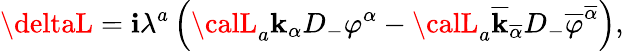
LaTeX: \deltaL=\mathbf{i}\lambda^{a}\left({\calL}_{a}\mathbf{k}_{\alpha}D_{-}\varphi^{\alpha}-{\calL}_{a}\overline{{{{\mathbf{k}}}}}_{\overline{{{{\alpha}}}}}D_{-}\overline{{{{\varphi}}}}^{\overline{{{{\alpha}}}}}\right),